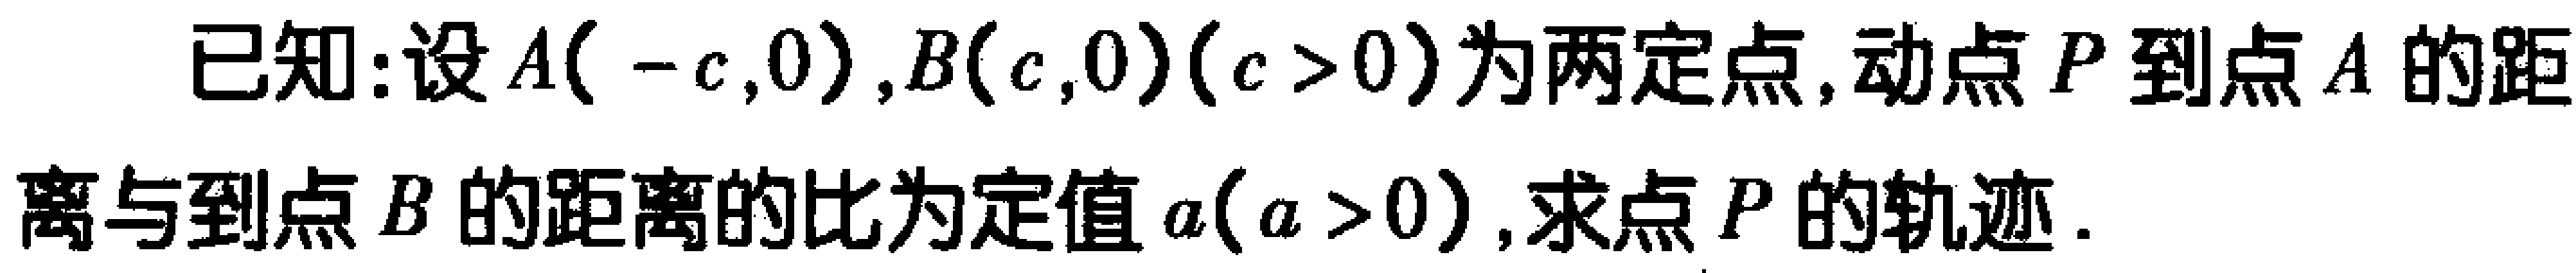
已知:设\(A(-c,0),B(c,0)(c > 0)\)为两定点,动点\(P\)到点\(A\)的距离与到点\(B\)的距离的比为定值\(a(a > 0)\),求点\(P\)的轨迹.